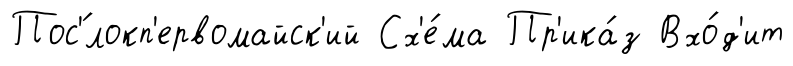
Пос'́локп'ервомайск'ий Сх'е́ма Пр'ика́з Вхо́д'ит